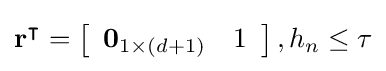
\mathbf {r} ^{\intercal }=\left[{\begin{array}{ll}\mathbf {0} _{1\times (d+1)}&1\end{array}}\right],h_{n}\leq \tau